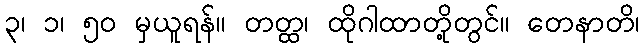
၃၊ ၁၊ ၅၀ မှယူရန်။ တတ္ထ၊ ထိုဂါထာတို့တွင်။ တေနာတိ၊